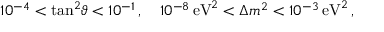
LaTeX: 1 0 ^ { - 4 } < \tan ^ { 2 } \! \vartheta < 1 0 ^ { - 1 } \, , \quad 1 0 ^ { - 8 } \, \mathrm { e V } ^ { 2 } < \Delta { m } ^ { 2 } < 1 0 ^ { - 3 } \, \mathrm { e V } ^ { 2 } \, ,